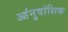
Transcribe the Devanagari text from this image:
आंनुवांशिक